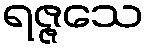
ရဇ္ဇသေ